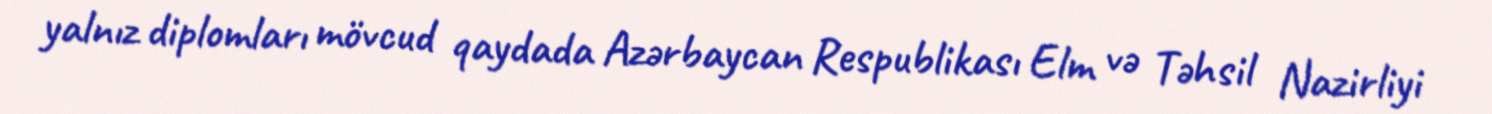
yalnız diplomları mövcud qaydada Azərbaycan Respublikası Elm və Təhsil Nazirliyi